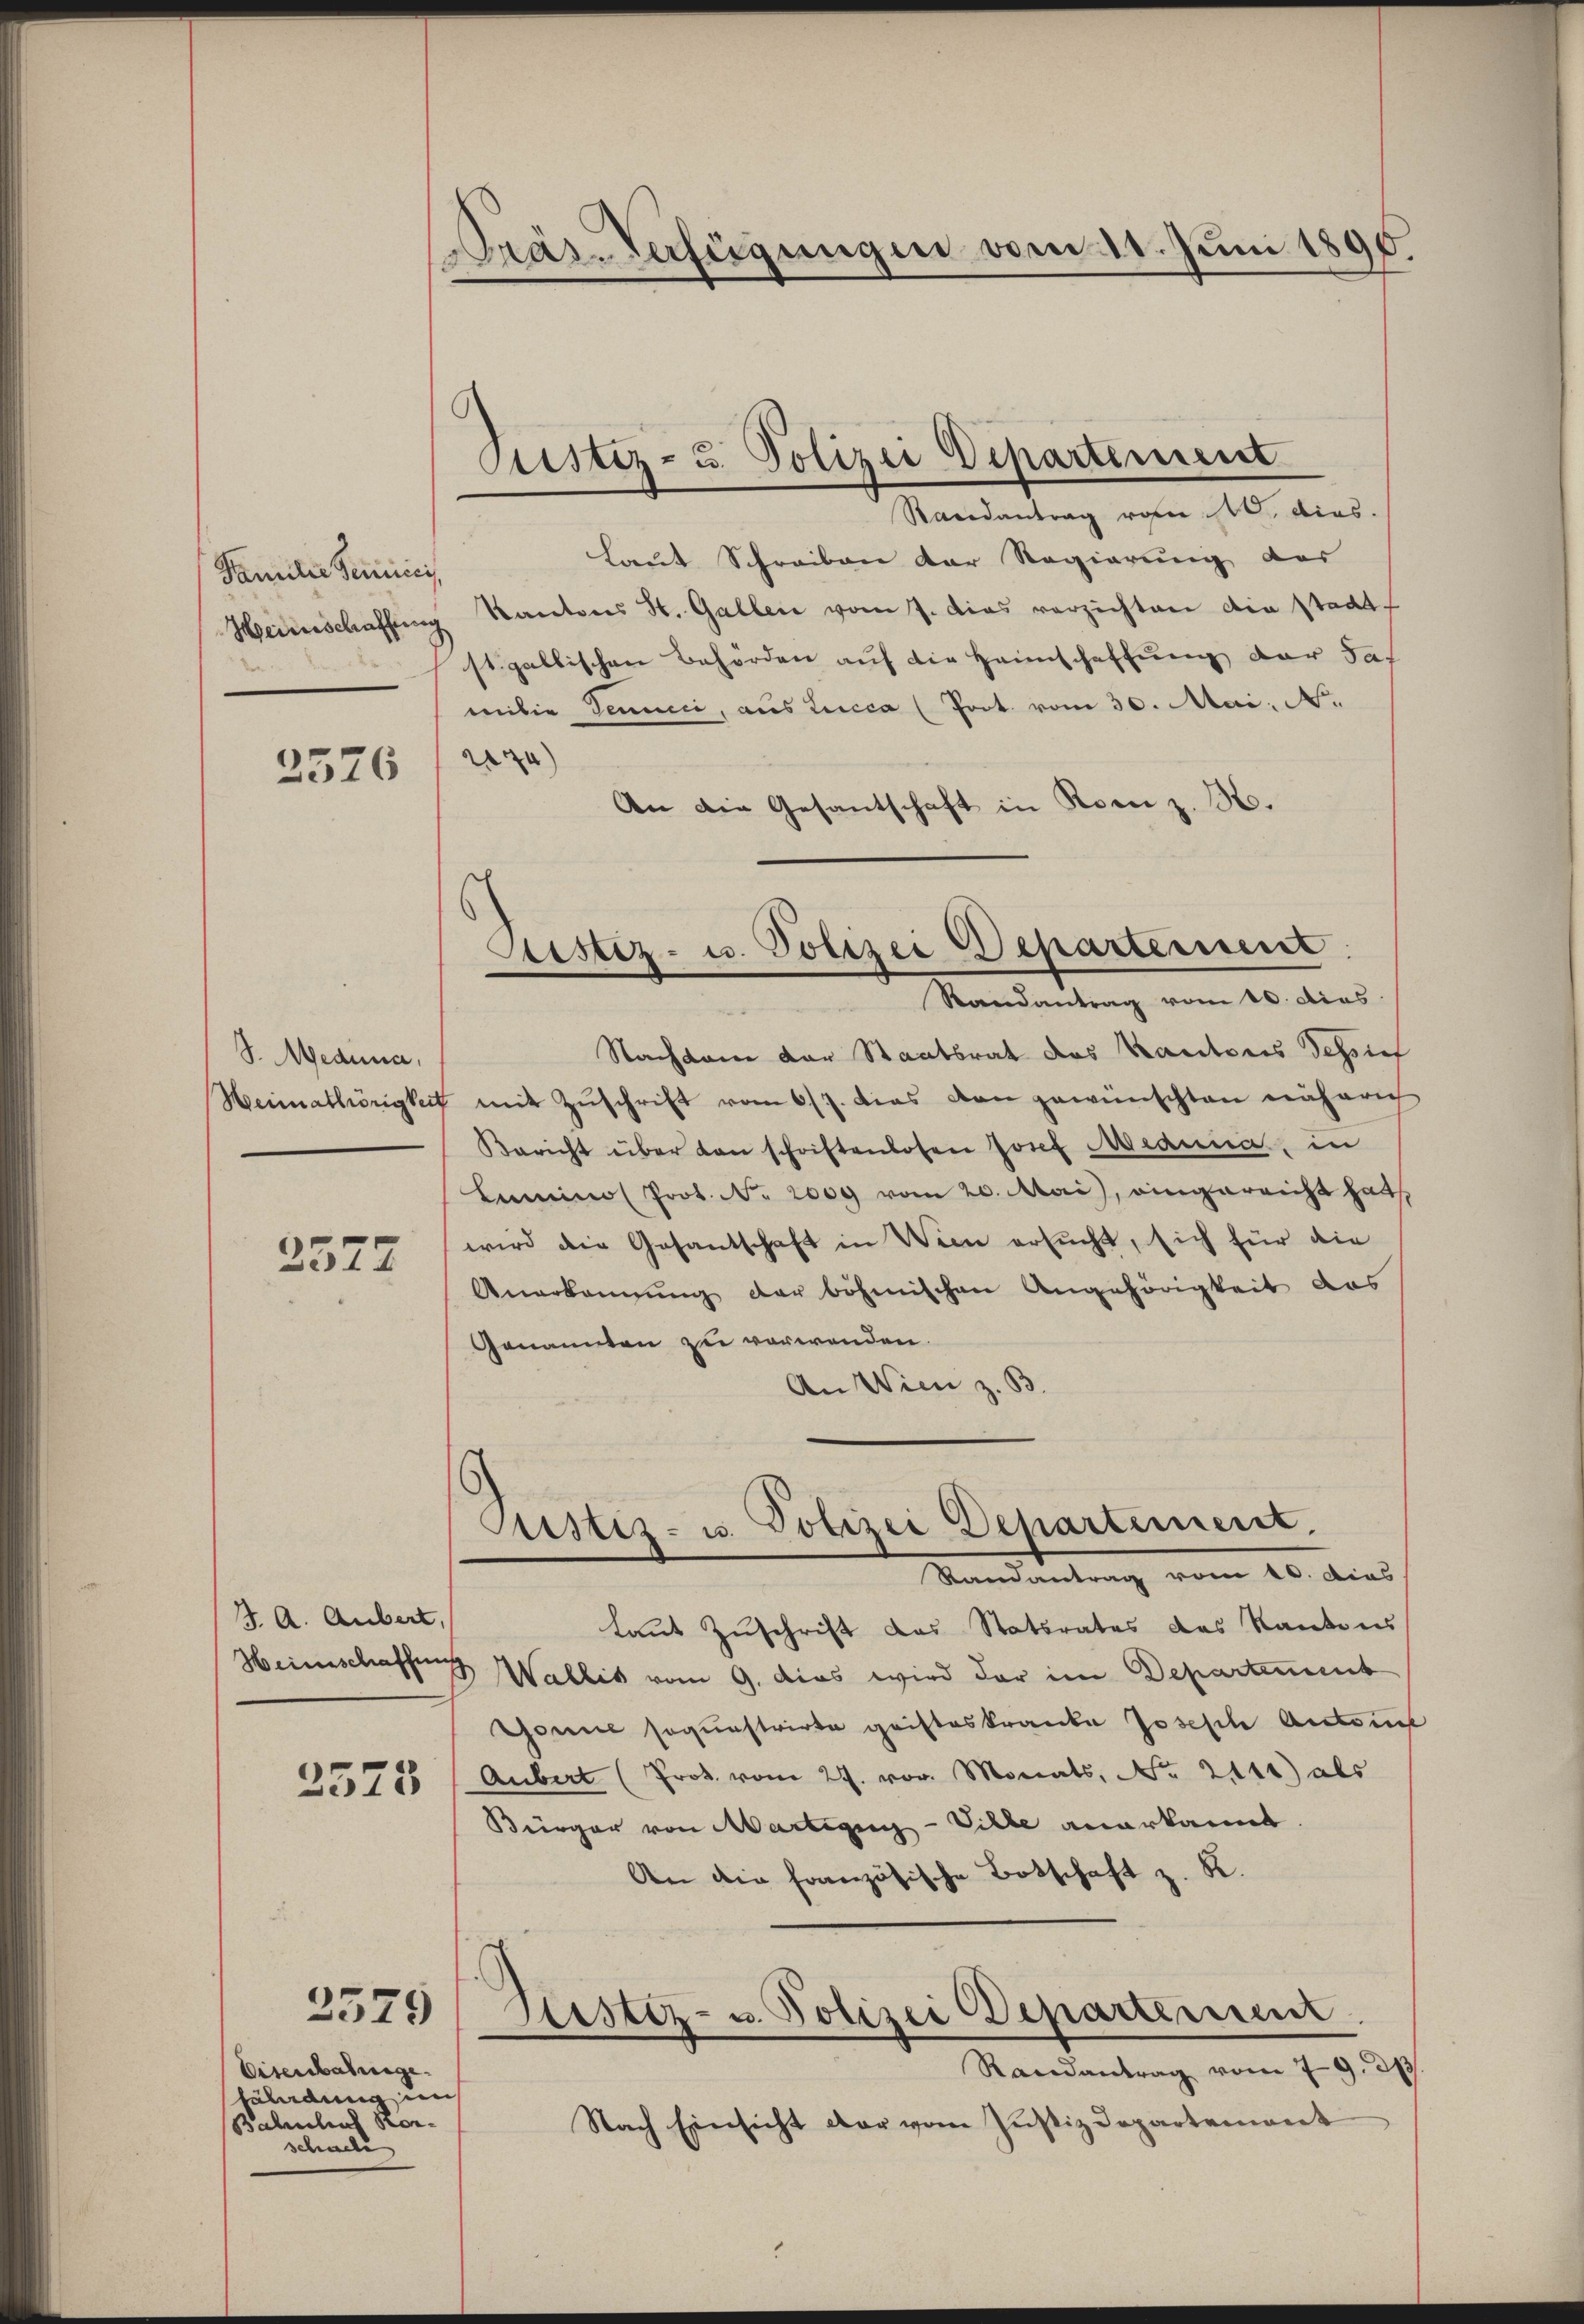
Familie Remici,
Heimschaffung

2576

S. Media,

2577

J. A. Aubert,
2523

Eisenbahnge
hällung im
Bahnhof Korschaele

2579

Pras-Verfügungen vom 11. Juni 1890

Justiz- u. Polizei Departement

Sistiz- u. Polizei Departement
Randantrag vom 10. dies

Randantrag von 10. dies.
Laut Schreiben der Regierung der
Kantons St. Gallen vom 7. dies verzichten die Stadt
stgallischen Behörden auf die Heimschaffung der das
milie Jennii, aus Lucca (Prot. vom 30. Mai, N.
)
An die Gesantschaft in Rom z. B.
Nachdem der Staatsrat des Kantons Tessief
Heimathörigkeit mit Zŭschrift vom 6/7. dies von gewünschten näherig
Bericht über von schriftenlosen Josef Aianna, in
Lamino Prot. No. 2000 vom 20. Mai, eingereicht hat
wird die Gesantschaft in Wien ersucht, sich für die
Anerkennung der böhmischen Angehörigkeit das
Genannten zu verwenden.
An Wien z. B
Justiz- u. Polizei Departement.
Randantrag vom 10. dies
laut Zuschrift das Statsrates des Kantons
Heimschaffung Wallis vom 9. dies wird der im Departement
Gonec soquestrirte gristeskranke Joseph Antone
Aubert (Prot. vom 27. vor. Morats, No. 2111) als
Bürger von Martigun-Ville anerkannt.
An die französische Botschaft z. R.
Zustiz- u. Polizei Departement
Randantrag vom 79. 213.
Nach Einsicht der vom Justizdepartement